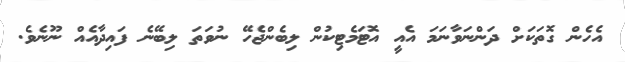
އެހެން ގޮތަކަށް ދަންނަވާނަމަ އެއީ އޮޓަމެޓިކުން ލިބެންޖެހޭ ނުވަތަ ލިބޭނެ ފައިދާއެއް ނޫނެވެ.